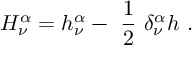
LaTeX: H _ { \nu } ^ { \alpha } = h _ { \nu } ^ { \alpha } - \ \frac { 1 } { 2 } \ \delta _ { \nu } ^ { \alpha } h \ .